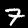
Digit: 7